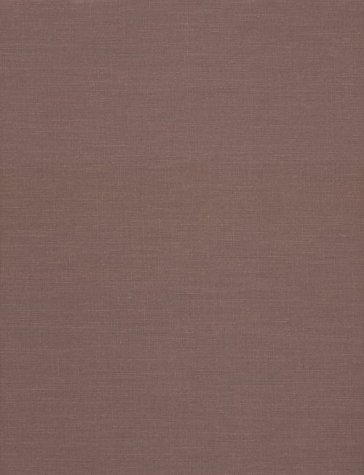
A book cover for Mabel Dwight: A Catalogue Raisonne of the Lithographs; Susan Barnes Robinson; Arts & Photography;